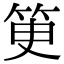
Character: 𥬽